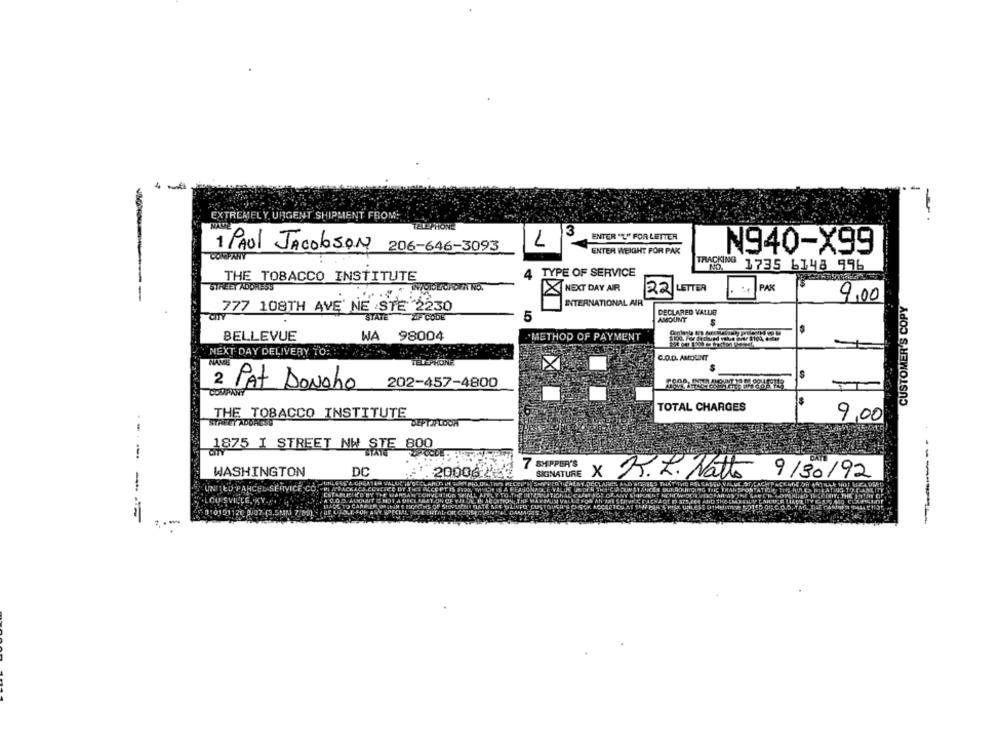
-
EXTREMELY. URGENT SHIPMENT FROM:
TELEPHONE
ENTER "L" FOR LETTER
1 PAUL Jacobson
206-646-3093
L
COMPANY
ENTER WEIGHT FOR PAK
N940-X99
TRACKING
4 TYPE OF SERVICE
1735 6148 996
THE TOBACCO INSTITUTE
STREET ADDRESS
NEXT DAY AIR
22 LETTER
PAK
INTERNATIONAL AIR
9,00
CUSTOMER'S COPY
777 108TH AVE' NE STE 2230
STATE
ZIP CODE
DECLARED VALLE
5
AMOUNT
S
$
BELLEVUE
WA
98004
.METHOD OF PAYMENT
NEXT DAY DELIVERY TO:
PHONE
C.O.D. AMOUNT
202-457-4800
COMPANY
2 PAT DoNaho
TOTAL CHARGES
THE TOBACCO INSTITUTE
9,00
STREET ADDRESS
.-.
1875 I STREET NW STE
7 SHIPPER'S
WASHINGTON
DC
. 20006.2 2
SIGNATURE
×
SOG'A GPORTER VALUC HUGEC
R.L. Natta 9/30/92
-
ED PAHCEL
EL-SERVICE
.LOUISVILLE, KY
5010101120 0/07 (3.5MM 7/89) :BE OFO.G-FOR ANY. SPECIELTCE ERTAL. OR CONSECU
- --